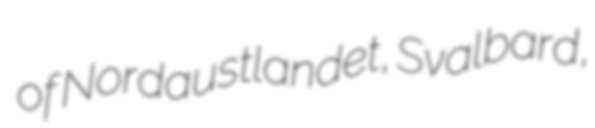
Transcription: of Nordaustlandet, Svalbard,